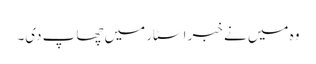
وہ میں نے خبر اسٹار میں چھاپ دی۔